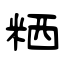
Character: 粞